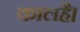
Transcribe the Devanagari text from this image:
कालहै।